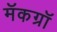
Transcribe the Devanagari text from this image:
मॅकग्रॉ